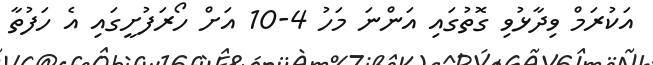
އަކުރަމް ވިދާޅުވި ގޮތުގައި އަންނަ މަހު 4-10 އަށް ހޯރަފުށީގައި އެ ހަފުތާ